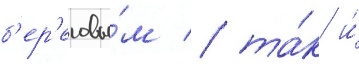
б'ер'еговы́м / та́к и́